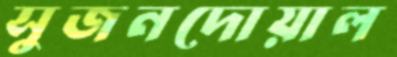
সুজনদোয়াল